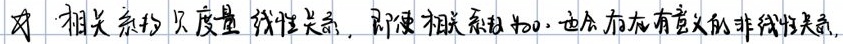
对. 相关系数只度量线性关系，即便相关系数为0，也会存在有意义的非线性关系.